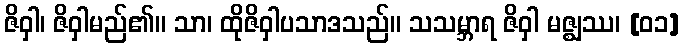
ဇိဝှါ၊ ဇိဝှါမည်၏။ သာ၊ ထိုဇိဝှါပသာဒသည်။ သသမ္ဘာရ ဇိဝှါ မဇ္ဈဿ၊ [၀၁]